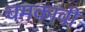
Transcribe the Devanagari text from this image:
चमकावी